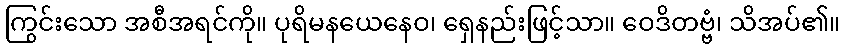
ကြွင်းသော အစီအရင်ကို။ ပုရိမနယေနေဝ၊ ရှေနည်းဖြင့်သာ။ ဝေဒိတဗ္ဗံ၊ သိအပ်၏။